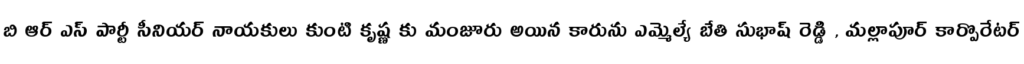
బి ఆర్ ఎస్ పార్టీ సీనియర్ నాయకులు కుంటి కృష్ణ కు మంజూరు అయిన కారును ఎమ్మెల్యే బేతి సుభాష్ రెడ్డి , మల్లాపూర్ కార్పొరేటర్